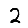
Digit: 2